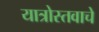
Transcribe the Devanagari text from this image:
यात्रोस्तवाचे